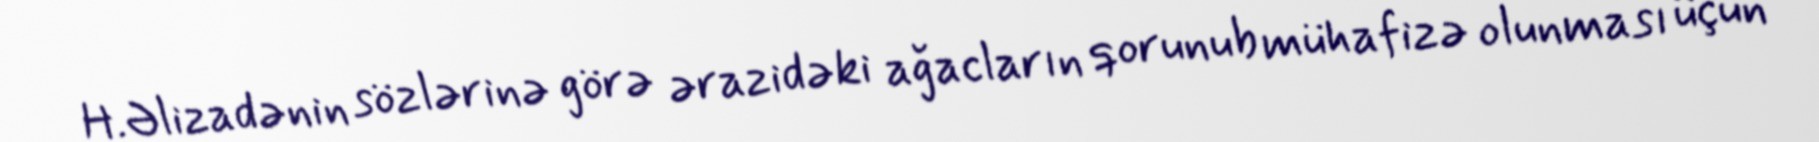
H.Əlizadənin sözlərinə görə ərazidəki ağacların qorunub mühafizə olunması üçün